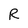
Character: R